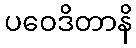
ပဝေဒိတာနိ